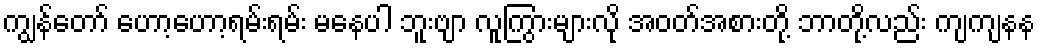
ကျွန်တော် ဟော့ဟော့ရမ်းရမ်း မနေပါ ဘူးဗျာ လူကြွားများလို အဝတ်အစားတို့ ဘာတို့လည်း ကျကျနန